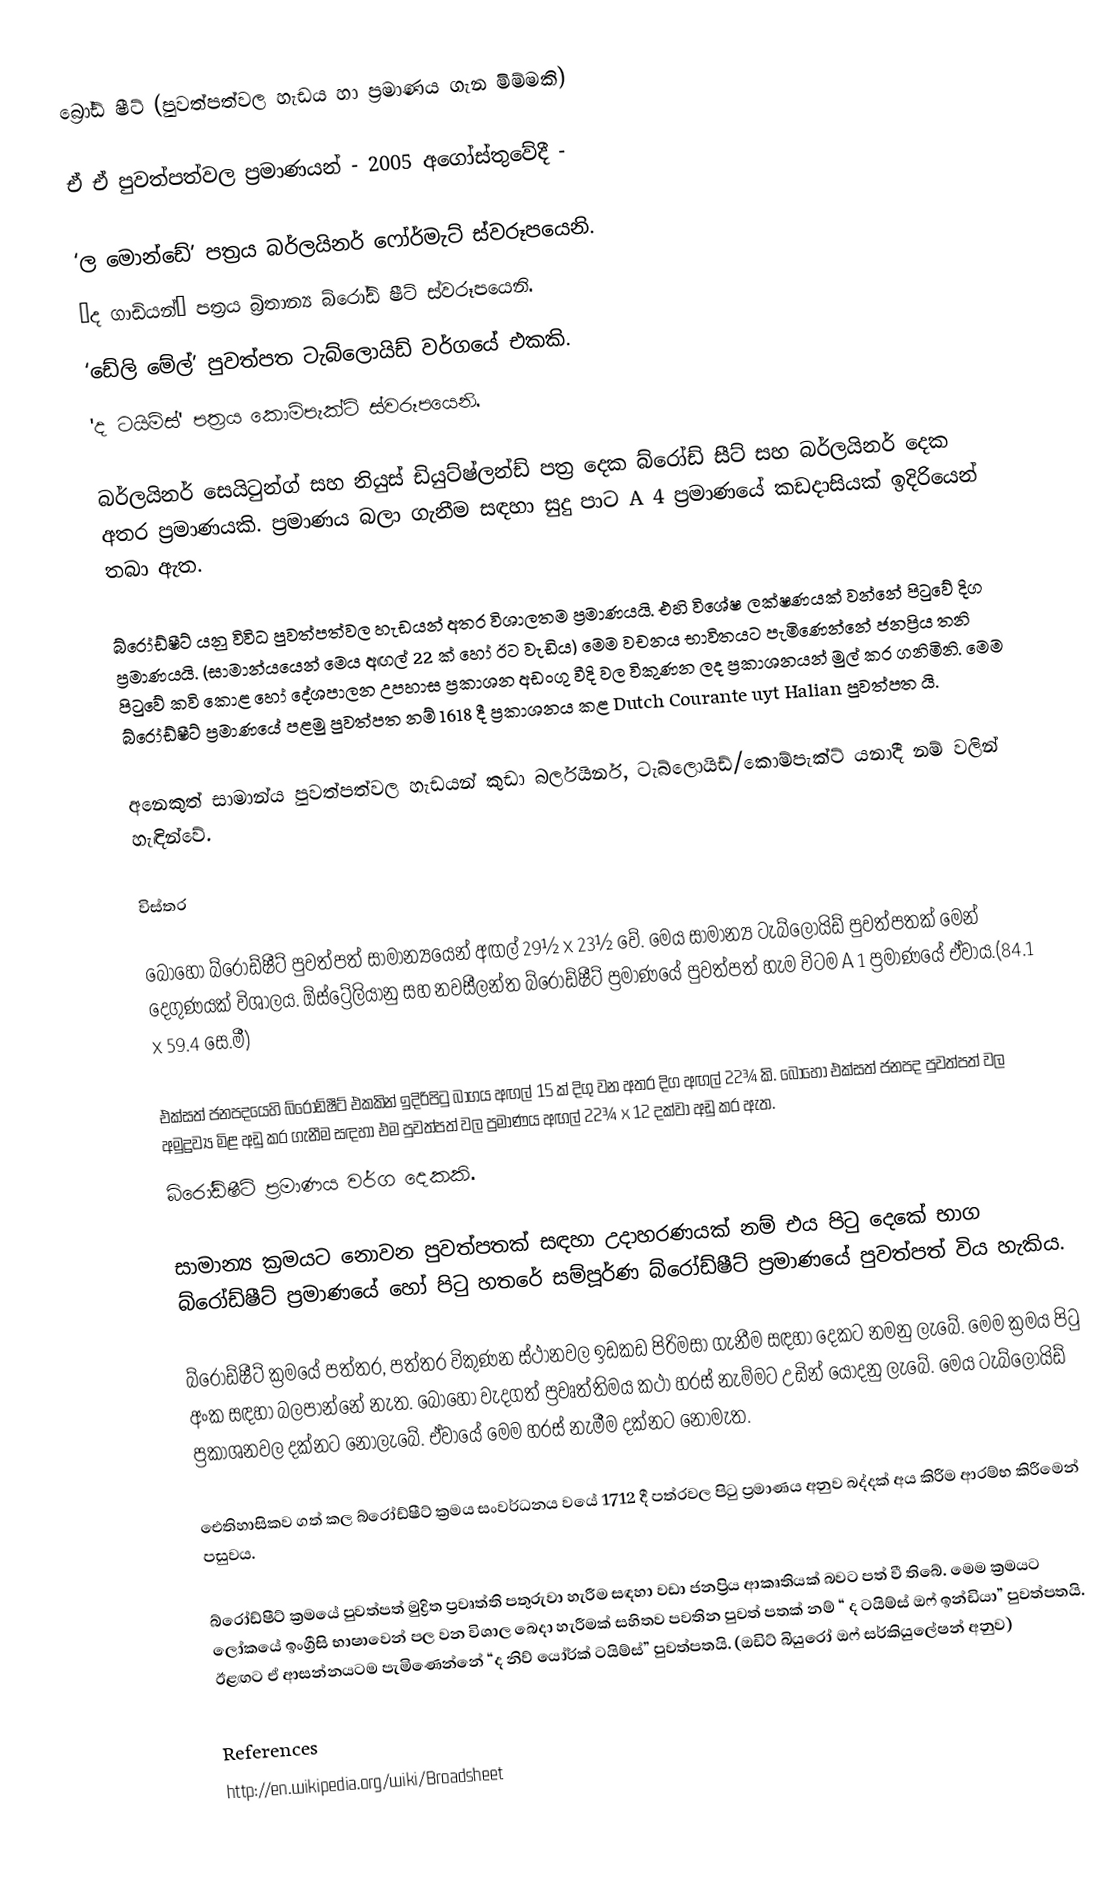
බ්‍රෝඩ් ෂීට් (පුවත්පත්වල හැඩය හා ප්‍රමාණය ගැන මිම්මකි)

 ඒ ඒ පුවත්පත්වල ප්‍රමාණයන් - 2005 අගෝස්තුවේදී -

‘ල මොන්ඩේ’ පත්‍රය බර්ලයිනර් ෆෝර්මැට් ස්වරූපයෙනි.
‘ද ගාඩියන්’ පත්‍රය බ්‍රිතාන්‍ය බ්රෝඩ් ෂීට් ස්වරූපයෙනි.
‘ඩේලි මේල්’ පුවත්පත ටැබ්ලොයිඩ් වර්ගයේ එකකි.
'ද ටයිම්ස්' පත්‍රය කොම්පැක්ට් ස්වරූපයෙනි.

බර්ලයිනර් සෙයිටුන්ග් සහ නියුස් ඩියුට්ෂ්ලන්ඩ් පත්‍ර දෙක බ්රෝඩ් සීට් සහ බර්ලයිනර් දෙක අතර ප්‍රමාණයකි. ප්‍රමාණය බලා ගැනීම සඳහා සුදු පාට A 4 ප්‍රමාණයේ කඩදාසියක් ඉදිරියෙන් තබා ඇත.

බ්රෝඩ්ෂීට් යනු විවිධ පුවත්පත්වල හැඩයන් අතර විශාලතම ප්‍රමාණයයි. එහි විශේෂ ලක්ෂණයක් වන්නේ පිටුවේ දිග ප්‍රමාණයයි. (සාමාන්යයෙන් මෙය අඟල් 22 ක් හෝ ඊට වැඩිය) මෙම වචනය භාවිතයට පැමිණෙන්නේ ජනප්‍රිය තනි පිටුවේ කවි කොළ හෝ දේශපාලන උපහාස ප්‍රකාශන අඩංගු වීදි වල විකුණන ලද ප්‍රකාශනයන් මුල් කර ගනිමිනි. මෙම බ්රෝඩ්ෂීට් ප්‍රමාණයේ පළමු පුවත්පත නම් 1618 දී ප්‍රකාශනය කළ Dutch Courante uyt Halian පුවත්පත යි.

අනෙකුත් සාමාන්ය පුවත්පත්වල හැඩයන් කුඩා බර්ලයිනර්, ටැබ්ලොයිඩ්/කොම්පැක්ට් යනාදී නම් වලින් හැඳින්වේ.

විස්තර

බොහෝ බ්රෝඩ්ෂීට් පුවත්පත් සාමාන්‍යයෙන් අඟල් 29½  x 23½ වේ. මෙය සාමාන්‍ය ටැබ්ලොයිඩ් පුවත්පතක් මෙන් දෙගුණයක් විශාලය. ඕස්ට්‍රේලියානු සහ නවසීලන්ත බ්රෝඩ්ෂීට් ප්‍රමාණයේ පුවත්පත් හැම විටම A 1 ප්‍රමාණයේ ඒවාය.(84.1 x 59.4 සෙ.මී)

එක්සත් ජනපදයෙහි බ්රෝඩ්ෂීට් එකකින් ඉදිරිපිටු බාගය අඟල් 15 ක් දිගු වන අතර දිග අඟල් 22¾ කි. බොහෝ එක්සත් ජනපද පුවත්පත් වල අමුද්‍රව්‍ය මිළ අඩු කර ගැනීම සඳහා එම පුවත්පත් වල ප්‍රමාණය අඟල් 22¾ x 12 දක්වා අඩු කර ඇත.
බ්රෝඩ්ෂීට් ප්‍රමාණය වර්ග දෙකකි.

සාමාන්‍ය ක්‍රමයට නොවන පුවත්පතක් සඳහා උදාහරණයක් නම් එය පිටු දෙකේ භාග බ්රෝඩ්ෂීට් ප්‍රමාණයේ හෝ පිටු හතරේ සම්පූර්ණ බ්රෝඩ්ෂීට් ප්‍රමාණයේ පුවත්පත් විය හැකිය.

බ්රෝඩ්ෂීට් ක්‍රමයේ පත්තර, පත්තර විකුණන ස්ථානවල ඉඩකඩ පිරිමසා ගැනීම සඳහා දෙකට නමනු ලැබේ. මෙම ක්‍රමය පිටු අංක සඳහා බලපාන්නේ නැත. බොහෝ වැදගත් ප්‍රවෘත්තිමය කථා හරස් නැම්මට උඩින් යොදනු ලැබේ. මෙය ටැබ්ලොයිඩ් ප්‍රකාශනවල දක්නට නොලැබේ. ඒවායේ මෙම හරස් නැමීම දක්නට නොමැත.

ඓතිහාසිකව ගත් කල බ්රෝඩ්ෂීට් ක්‍රමය සංවර්ධනය වයේ 1712 දී පත්රවල පිටු ප්‍රමාණය අනුව බද්දක් අය කිරීම ආරම්භ කිරීමෙන් පසුවය.

බ්රෝඩ්ෂීට් ක්‍රමයේ පුවත්පත් මුද්‍රිත ප්‍රවෘත්ති පතුරුවා හැරීම සඳහා වඩා ජනප්‍රිය ආකෘතියක් බවට පත් වී තිබේ. මෙම ක්‍රමයට ලෝකයේ ඉංග්‍රීසි භාෂාවෙන් පල වන විශාල බෙදා හැරීමක් සහිතව පවතින පුවත් පතක් නම් “ ද ටයිම්ස් ඔෆ් ඉන්ඩියා” පුවත්පතයි. ඊළඟට ඒ ආසන්නයටම පැමිණෙන්නේ “ද නිව් යෝර්ක් ටයිම්ස්” පුවත්පතයි. (ඔඩිට් බියුරෝ ඔෆ් සර්කියුලේෂන් අනුව)

References
http://en.wikipedia.org/wiki/Broadsheet